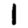
Digit: 1